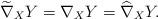
LaTeX: \begin{align*}\widetilde{\nabla}_XY=\nabla_XY=\widehat{\nabla}_XY.\end{align*}